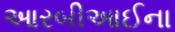
આરબીઆઈના